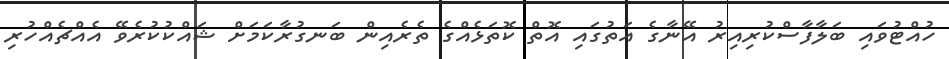
ހުއްޓުވައި ބަލާފާސްކުރިއިރު އޭނާގެ އަތުގައި އޮތް ކޮތަޅެއްގެ ތެރެއިން ބަނގުރާކަމަށް ޝައްކުކުރެވޭ އެއްޗެއްހުރި